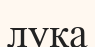
лука